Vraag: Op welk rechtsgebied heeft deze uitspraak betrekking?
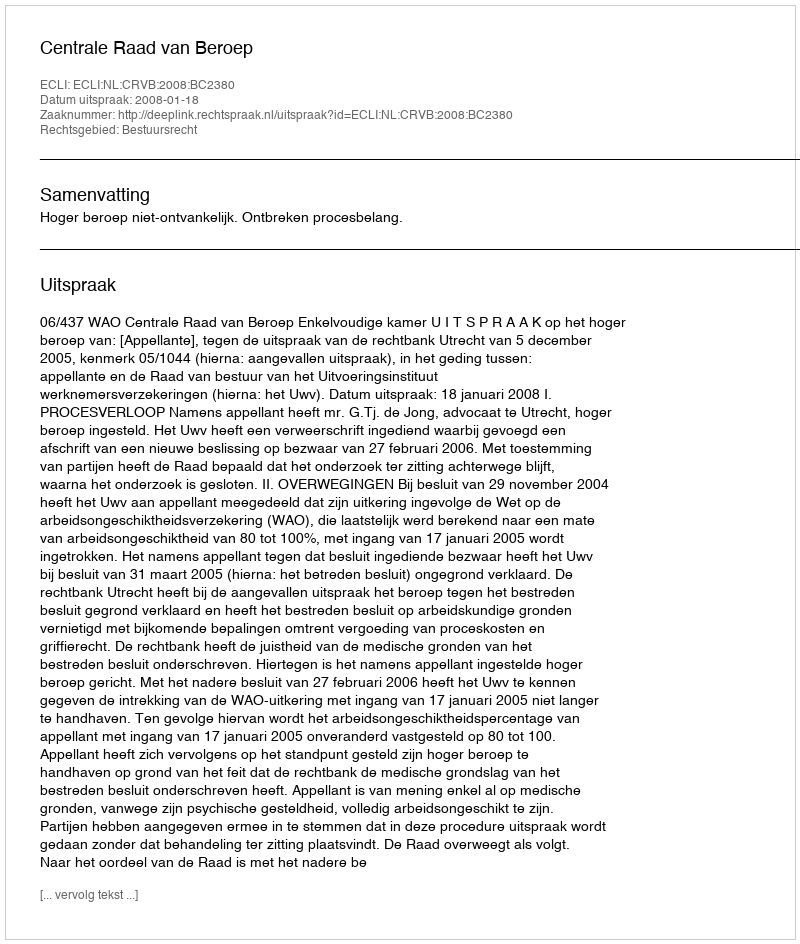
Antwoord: Bestuursrecht